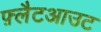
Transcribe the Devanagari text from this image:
फ़्लैटआउट